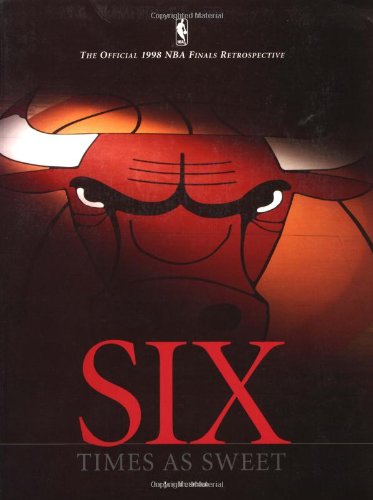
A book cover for Six Times As Sweet: Official 1998 NBA Finals Retrospective; Jan Hubbard; Sports & Outdoors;